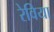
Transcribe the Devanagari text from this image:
रेविया